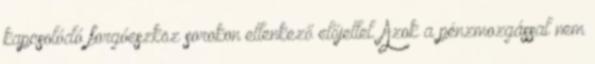
kapcsolódó forgóeszköz sorokon ellenkező előjellel. Azok a pénzmozgással nem